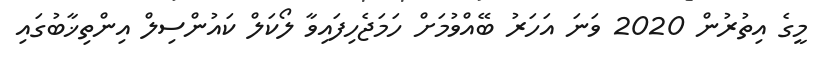
މީގެ އިތުރުން 2020 ވަނަ އަހަރު ބޭއްވުމަށް ހަމަޖެހިފައިވާ ލޯކަލް ކައުންސިލް އިންތިޚާބުގައި